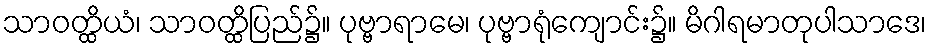
သာဝတ္ထိယံ၊ သာဝတ္ထိပြည်၌။ ပုဗ္ဗာရာမေ၊ ပုဗ္ဗာရုံကျောင်း၌။ မိဂါရမာတုပါသာဒေ၊